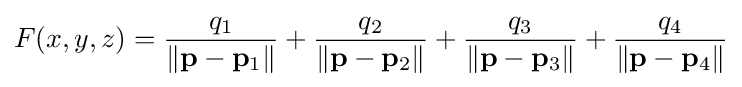
F(x,y,z)={\frac {q_{1}}{\|\mathbf {p} -\mathbf {p} _{1}\|}}+{\frac {q_{2}}{\|\mathbf {p} -\mathbf {p} _{2}\|}}+{\frac {q_{3}}{\|\mathbf {p} -\mathbf {p} _{3}\|}}+{\frac {q_{4}}{\|\mathbf {p} -\mathbf {p} _{4}\|}}